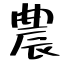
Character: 農